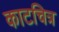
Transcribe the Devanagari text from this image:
काटचित्र